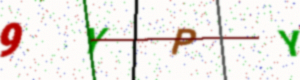
Text: 9YPY